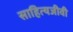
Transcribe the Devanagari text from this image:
साहित्यजीवी